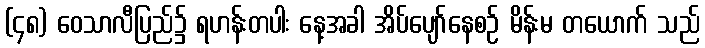
(၄၈) ဝေသာလီပြည်၌ ရဟန်းတပါး နေ့အခါ အိပ်ပျော်နေစဉ် မိန်းမ တယောက် သည်